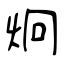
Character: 炯